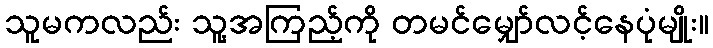
သူမကလည်း သူ့အကြည့်ကို တမင်မျှော်လင့်နေပုံမျိုး။